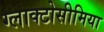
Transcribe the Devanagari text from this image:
ग्लाक्टोसीमिया